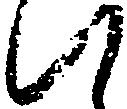
い